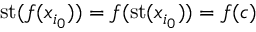
\mathrm { { s t } } ( f ( x _ { i _ { 0 } } ) ) = f ( \mathrm { { s t } } ( x _ { i _ { 0 } } ) ) = f ( c )